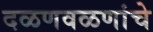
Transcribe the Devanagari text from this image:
दळणवळणांचे